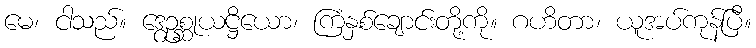
မေ၊ ငါသည်။ ဒွေဥစ္ဆုယဋ္ဌိယော၊ ကြံနှစ်ချောင်းတို့ကို။ ဂဟိတာ၊ ယူအပ်ကုန်ပြီ။